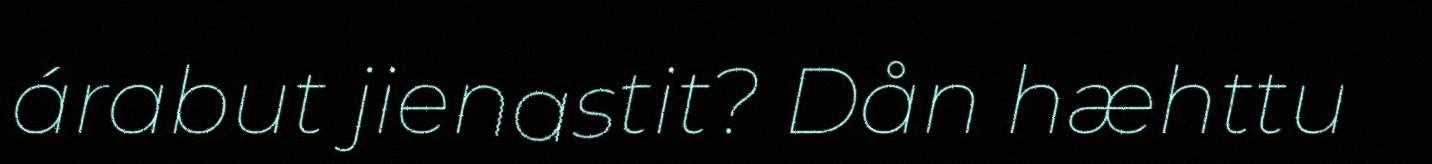
árabut jienastit? Dån hæhttu